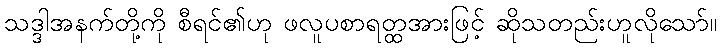
သဒ္ဒါအနက်တို့ကို စီရင်၏ဟု ဖလူပစာရတ္ထအားဖြင့် ဆိုသတည်းဟူလိုသော်။